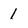
Character: 1